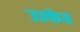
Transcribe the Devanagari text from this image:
उल्केत